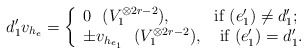
\begin{align*} d_1'v_{h_e}=\left\{ \begin{array}{ll} 0 ~~( V^{\otimes {2r-2}}_1), & \hbox{if $(e_1')\neq d_1'$;} \\ \pm v_{h_{e_1}}~~( V^{\otimes {2r-2}}_1), & \hbox{ if $(e_1')= d_1'$.} \end{array} \right.\end{align*}